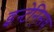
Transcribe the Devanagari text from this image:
इन्टेनि्सव